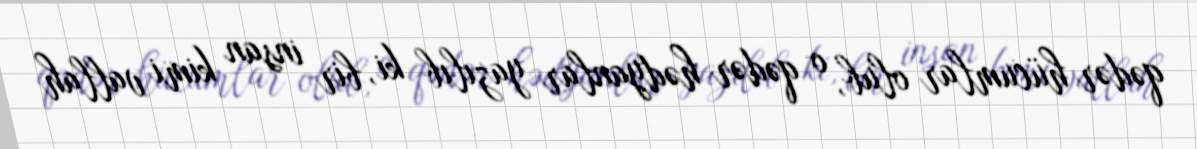
qədər hücumlar olub, o qədər hədyanlar yazılıb ki, bir insan kimi vallah